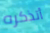
أتذكره